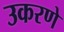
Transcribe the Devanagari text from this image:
उकरणे